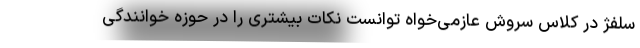
سلفژ در کلاس سروش عازمی‌خواه توانست نکات بیشتری را در حوزه خوانندگی